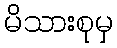
မိသားစုမှ